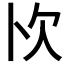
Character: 𭭄